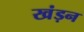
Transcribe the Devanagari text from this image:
खंड़न